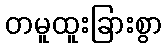
တမူထူးခြားစွာ